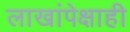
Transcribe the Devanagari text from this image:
लाखांपेक्षाही